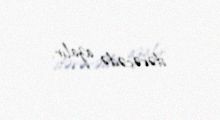
dərəcədə azalır.